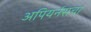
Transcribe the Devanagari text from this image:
अपियर्नसचा